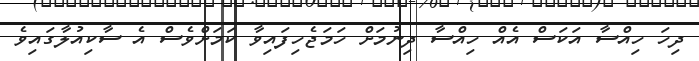
ދިހަ ހިއްސާ އަކަސް އެއް ހިއްސާ ދިނުމަށް ހަމަޖެހިފައިވާ ކަމަށްވެސް އެ ސާކިއުލާގައިވެ